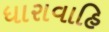
ધારાવાહિ